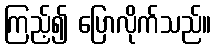
ကြည့်၍ ပြောလိုက်သည်။